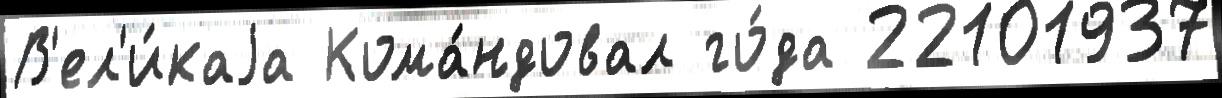
В'ел'и́каjа Кома́ндовал го́да 22101937